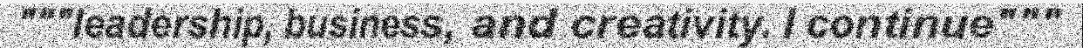
"""leadership, business, and creativity. I continue"""